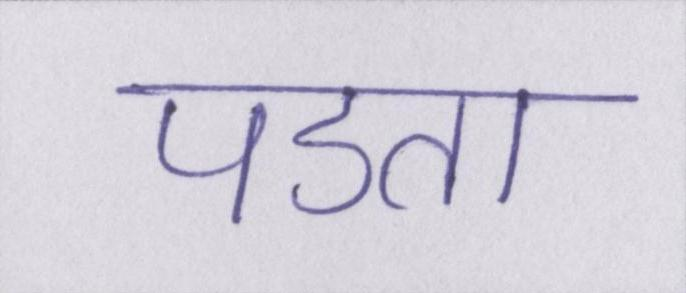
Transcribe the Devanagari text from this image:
पडता